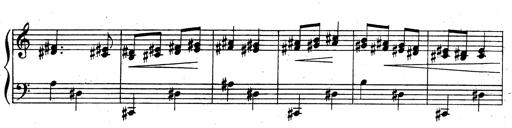
Title: 3 Sonatinas for Piano
Composer: Vissarion Shebalin